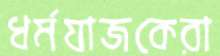
ধর্মযাজকেরা